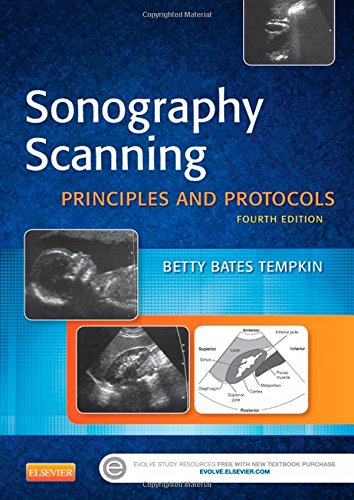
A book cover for Sonography Scanning: Principles and Protocols, 4e (Ultrasound Scanning); Betty Bates Tempkin BA  RT(R)  RDMS; Medical Books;